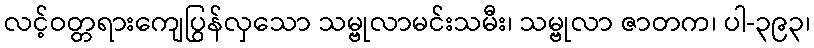
လင့်ဝတ္တရားကျေပြွန်လှသော သမ္ဗုလာမင်းသမီး၊ သမ္ဗုလာ ဇာတက၊ ပါ-၃၉၃၊